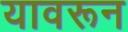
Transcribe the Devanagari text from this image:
यावरून